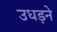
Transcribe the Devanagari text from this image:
उधड़ने